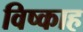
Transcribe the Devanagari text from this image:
विष्काह